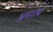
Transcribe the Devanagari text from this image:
भ्रमरांब